Source: Handwritten
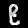
Digit: ၉ (9)